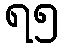
ရ၅